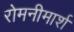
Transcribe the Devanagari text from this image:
रोमनीमार्श